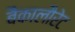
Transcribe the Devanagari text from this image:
बैकालौरेट